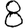
Digit: 8